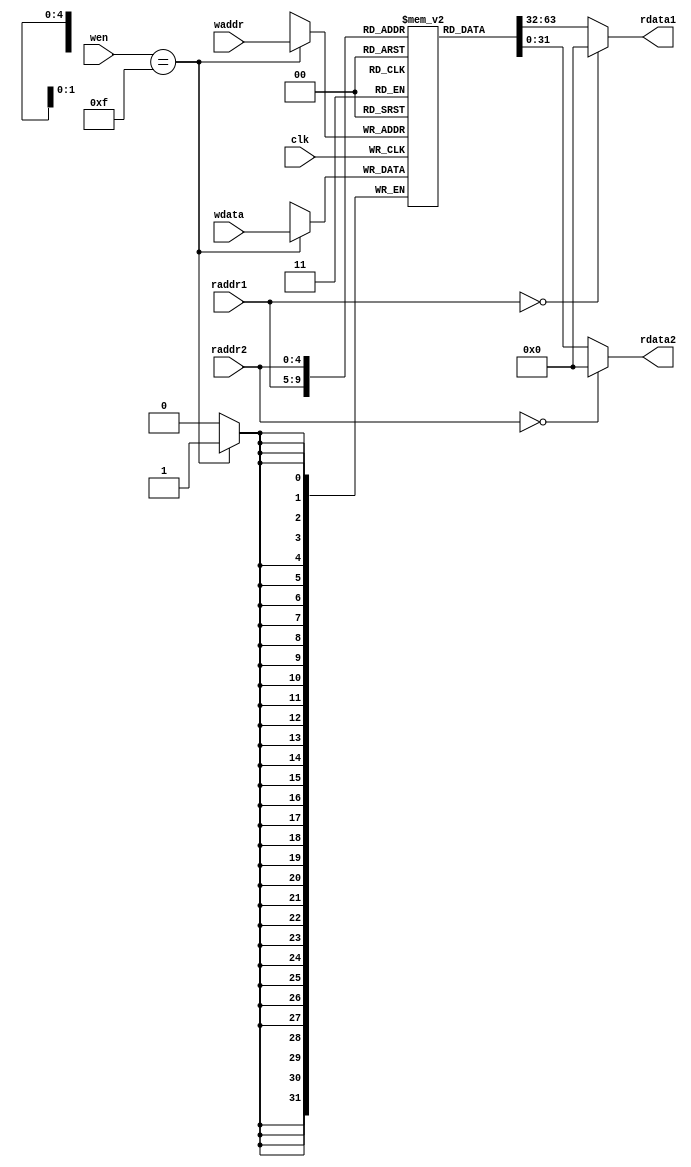
module reg_file(
	input clk,
	input [4:0] waddr,
	input [4:0] raddr1,
	input [4:0] raddr2,
	input [3:0] wen,
	input [31:0] wdata,
	output [31:0] rdata1,
	output [31:0] rdata2
);

reg [31:0] rf [31:0];

always@ (posedge clk) begin
    if(wen==4'b1111) rf[waddr] <= wdata;
end

// READ OUT 1
assign rdata1 = (raddr1==5'd0) ? 32'd0 : rf[raddr1];
// READ OUT 2
assign rdata2 = (raddr2==5'd0) ? 32'd0 : rf[raddr2];
	

endmodule